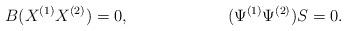
LaTeX: \begin{align*} &B(X^{(1)}X^{(2)})=0, && (\Psi^{(1)}\Psi^{(2)})S=0.\end{align*}